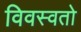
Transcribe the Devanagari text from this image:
विवस्वतो